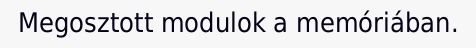
Megosztott modulok a memóriában.